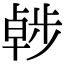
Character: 𣦖